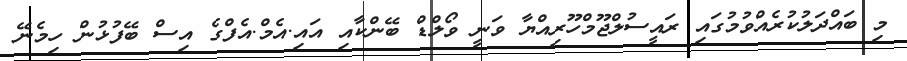
މި ބައްދަލުކުރެއްވުމުގައި ރައީސުލްޖޫމްހޫރިއްޔާ ވަނީ ވޯލްޑް ބޭންކާއި އައި.އެމް.އެފްގެ އިސް ބޭފުޅުން ހިމެނޭ